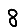
Digit: 8